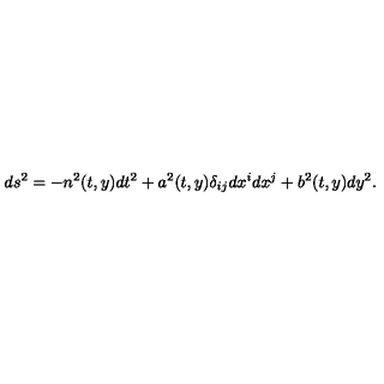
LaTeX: d s ^ { 2 } = - n ^ { 2 } ( t , y ) d t ^ { 2 } + a ^ { 2 } ( t , y ) \delta _ { i j } d x ^ { i } d x ^ { j } + b ^ { 2 } ( t , y ) d y ^ { 2 } .